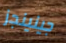
جينينجز